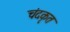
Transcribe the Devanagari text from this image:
चंदकृत